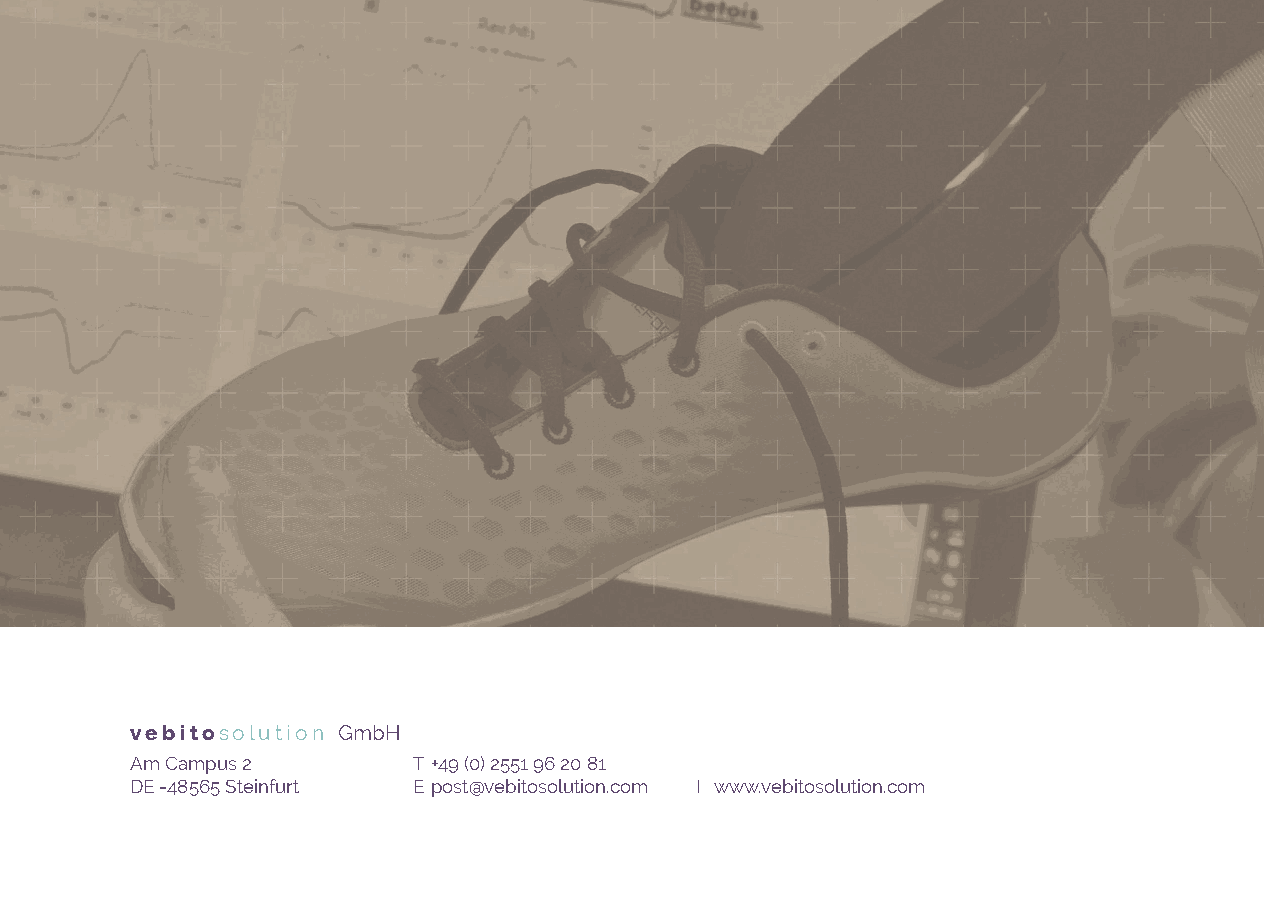
vebitosolution GmbH
 Am Campus 2       T +49 (0) 2551 96 20 81
 DE -48565 Steinfurt E post@vebitosolution.com I www.vebitosolution.com